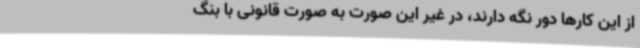
از این کارها دور نگه دارند، در غیر این صورت به صورت قانونی با بنگ